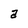
Character: a